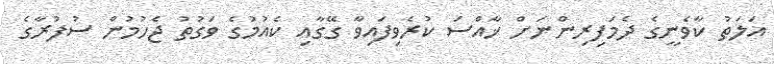
އަލަތު ކާވެނީގެ ދެމަފިރިންނަށް ޚާއްސަ ކުރެވިފައިވާ ގޭގާއި ކެއުމުގެ ވަގުތު ޖެހުމުން ސުފުރާގެ